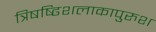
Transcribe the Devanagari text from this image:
त्रिषष्ढिशलाकापुरुश